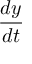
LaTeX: \frac { d y } { d t }